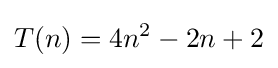
T(n)=4n^{2}-2n+2